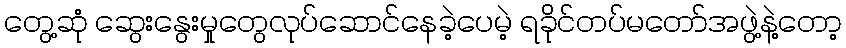
တွေ့ဆုံ ဆွေးနွေးမှုတွေလုပ်ဆောင်နေခဲ့ပေမဲ့ ရခိုင်တပ်မတော်အဖွဲ့နဲ့တော့